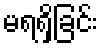
မရရှိခြင်း